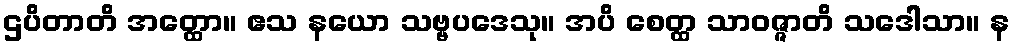
ဌပိတာတိ အတ္ထော။ ဧသ နယော သဗ္ဗပဒေသု။ အပိ စေတ္ထ သာဝဇ္ဇာတိ သဒေါသာ။ န